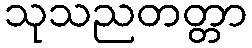
သုသညတတ္တာ